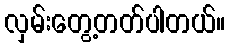
လှမ်းတွေ့တတ်ပါတယ်။